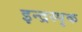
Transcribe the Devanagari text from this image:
इन्द्रस्पृक